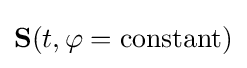
\mathbf {S} (t,\varphi ={\text{constant}})